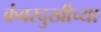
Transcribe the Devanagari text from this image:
कंबरदुखीच्या